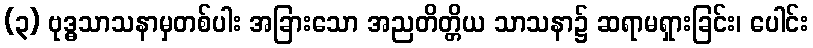
(၃) ဗုဒ္ဓသာသနာမှတစ်ပါး အခြားသော အညတိတ္တိယ သာသနာ၌ ဆရာမရှားခြင်း၊ ပေါင်း